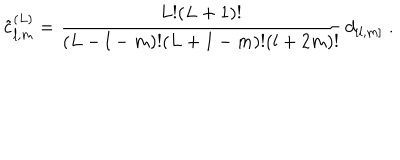
LaTeX: \tilde { c } _ { l , m } ^ { ( L ) } = \frac { L ! ( L + 1 ) ! } { ( L - l - m ) ! ( L + 1 - m ) ! ( l + 2 m ) ! } \, d _ { [ l , m ] } \; .